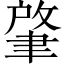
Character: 肇